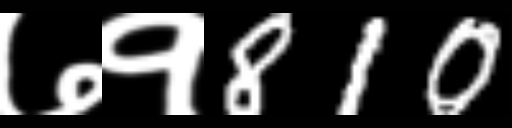
Text: ७१810